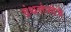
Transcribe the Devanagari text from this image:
ग्रंथसंपदेचे